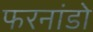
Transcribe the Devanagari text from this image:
फरनांडो